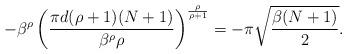
LaTeX: \begin{align*}-\beta^{\rho} \left(\frac{\pi d (\rho+1) (N+1)}{\beta^{\rho} \rho} \right)^{\frac{\rho}{\rho+1}}=-\pi \sqrt{\frac{\beta (N+1)}{2}}. \end{align*}